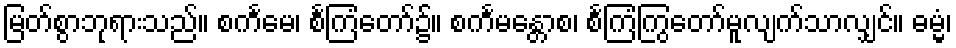
မြတ်စွာဘုရားသည်။ စင်္ကမေ၊ စင်္ကြံတော်၌။ စင်္ကမန္တောစ၊ စင်္ကြံကြွတော်မူလျက်သာလျှင်။ ဓမ္မံ၊